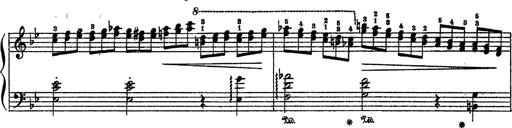
Title: Sarabande und Chaconne aus dem Singspiel
Composer: Franz Liszt